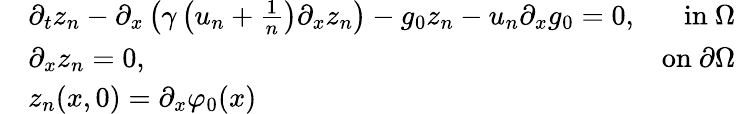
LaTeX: \begin{array}{rlr}&{\partial_{t}z_{n}-\partial_{x}\left(\gamma\left(u_{n}+\frac{1}{n}\right)\partial_{x}z_{n}\right)-g_{0}z_{n}-u_{n}\partial_{x}g_{0}=0,}&{\mathrm{in~}\Omega}\\ &{\partial_{x}z_{n}=0,}&{\mathrm{on~}\partial\Omega}\\ &{z_{n}(x,0)=\partial_{x}\varphi_{0}(x)}\end{array}